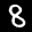
Label: 8